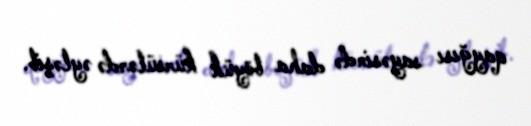
qayğısı sayəsində daha böyük kürsülərdə əyləşib.